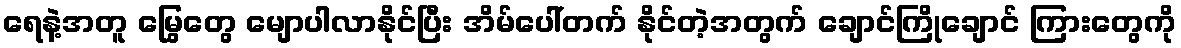
ရေနဲ့အတူ မြွေတွေ မျောပါလာနိုင်ပြီး အိမ်ပေါ်တက် နိုင်တဲ့အတွက် ချောင်ကြိုချောင် ကြားတွေကို